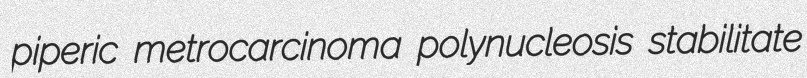
piperic metrocarcinoma polynucleosis stabilitate